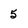
Character: 5